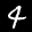
Label: 4